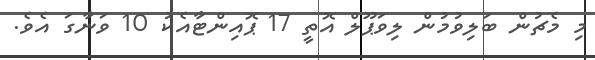
މި މެޗުން ބަލިވުމުން ލިވަޕޫލް އޮތީ 17 ޕޮއިންޓާއެކު 10 ވަނާގަ އެވެ.